Indian journal of veterinary science and animal husbandry - Volume 9,
Year: 1939
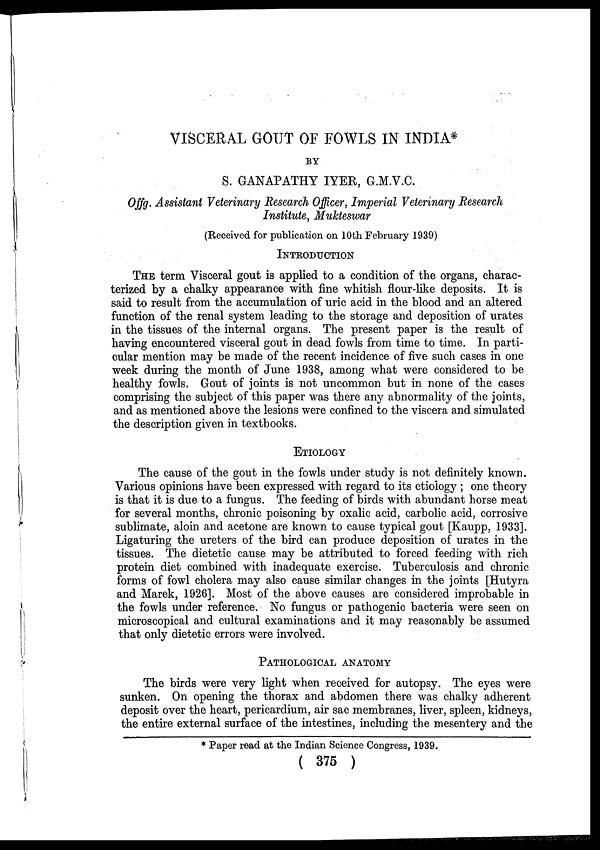
VISCERAL GOUT OF FOWLS IN INDIA*
BY
S. GANAPATHY IYER, G.M.V.C.
Offg. Assistant Veterinary Research Officer, Imperial Veterinary Research
Institute, Mukteswar
(Received for publication on 10th February 1939)
INTRODUCTION
THE term Visceral gout is applied to a condition of the organs, charac-
terized by a chalky appearance with fine whitish flour-like deposits. It is
said to result from the accumulation of uric acid in the blood and an altered
function of the renal system leading to the storage and deposition of urates
in the tissues of the internal organs. The present paper is the result of
having encountered visceral gout in dead fowls from time to time. In parti-
cular mention may be made of the recent incidence of five such cases in one
week during the month of June 1938, among what were considered to be
healthy fowls. Gout of joints is not uncommon but in none of the cases
comprising the subject of this paper was there any abnormality of the joints,
and as mentioned above the lesions were confined to the viscera and simulated
the description given in textbooks.
ETIOLOGY
The cause of the gout in the fowls under study is not definitely known.
Various opinions have been expressed with regard to its etiology ; one theory
is that it is due to a fungus. The feeding of birds with abundant horse meat
for several months, chronic poisoning by oxalic acid, carbolic acid, corrosive
sublimate, aloin and acetone are known to cause typical gout [Kaupp, 1933].
Ligaturing the ureters of the bird can produce deposition of urates in the
tissues. The dietetic cause may be attributed to forced feeding with rich
protein diet combined with inadequate exercise. Tuberculosis and chronic
forms of fowl cholera may also cause similar changes in the joints [Hutyra
and Marek, 1926]. Most of the above causes are considered improbable in
the fowls under reference. No fungus or pathogenic bacteria were seen on
microscopical and cultural examinations and it may reasonably be assumed
that only dietetic errors were involved.
PATHOLOGICAL ANATOMY
The birds were very light when received for autopsy. The eyes were
sunken. On opening the thorax and abdomen there was chalky adherent
deposit over the heart, pericardium, air sac membranes, liver, spleen, kidneys,
the entire external surface of the intestines, including the mesentery and the
* Paper read at the Indian Science Congress, 1939.
( 375 )